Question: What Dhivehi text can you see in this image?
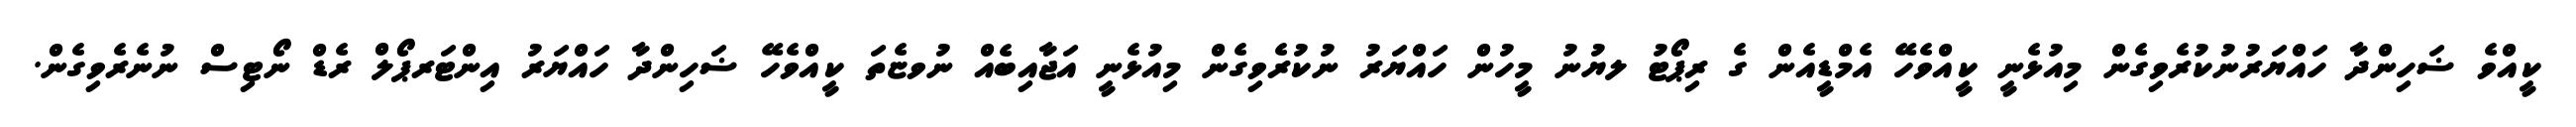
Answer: ކީއްވެ ޟަހިންދާ ހައްޔަރުނުކުރެވިގެން މިއުޅެނީ ކީއްވެހޭ އެމްޑީއެން ގެ ރިޕޯޓު ލޔުނު މީހުން ހައްޔަރު ނުކުރެވިގެން މިއުޅެނީ އަޖާއިބެއް ނުވޏެތަ ކީއްވެހޭ ޟަހިންދާ ހައްޔަރު އިންޓަރޕޯލް ރެޑް ނޯޓިސް ނުނެރެވިގެން.